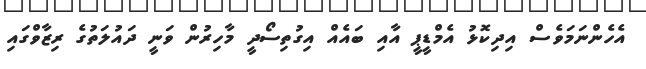
އެހެންނަމަވެސް އިދިކޮޅު އެމްޑީޕީ އާއި ބައެއް އިގުތިސޯދީ މާހިރުން ވަނީ ދައުލަތުގެ ރިޒާވްގައި